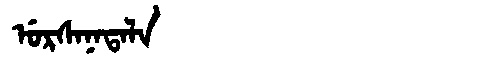
Manchu: ᡠᡵᠰᠠᠨᠠᡨᠠᠯᠠ
Romanization: URSANATALA